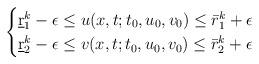
LaTeX: \begin{align*}\begin{cases}\underbar r_1^k -\epsilon \le u(x,t;t_0,u_0,v_0) \le \bar r_1^k+\epsilon\cr\underbar r_2^k -\epsilon \le v(x,t;t_0,u_0,v_0) \le \bar r_2^k+\epsilon\end{cases}\end{align*}